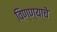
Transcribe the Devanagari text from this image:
विण्ण्याचे